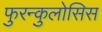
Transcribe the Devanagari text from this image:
फुरन्कुलोसिस